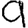
Digit: 9